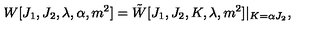
W [ J _ { 1 } , J _ { 2 } , \lambda , \alpha , m ^ { 2 } ] = \tilde { W } [ J _ { 1 } , J _ { 2 } , K , \lambda , m ^ { 2 } ] | _ { K = \alpha J _ { 2 } } ,